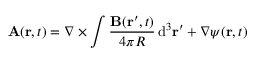
\mathbf { A } ( \mathbf { r } , t ) = \nabla \times \int { \frac { \mathbf { B } ( \mathbf { r } ^ { \prime } , t ) } { 4 \pi R } } \operatorname { d } \! ^ { 3 } \mathbf { r } ^ { \prime } + \nabla \psi ( \mathbf { r } , t )